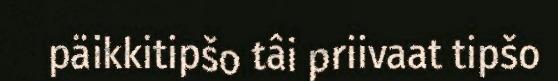
päikkitipšo tâi priivaat tipšo